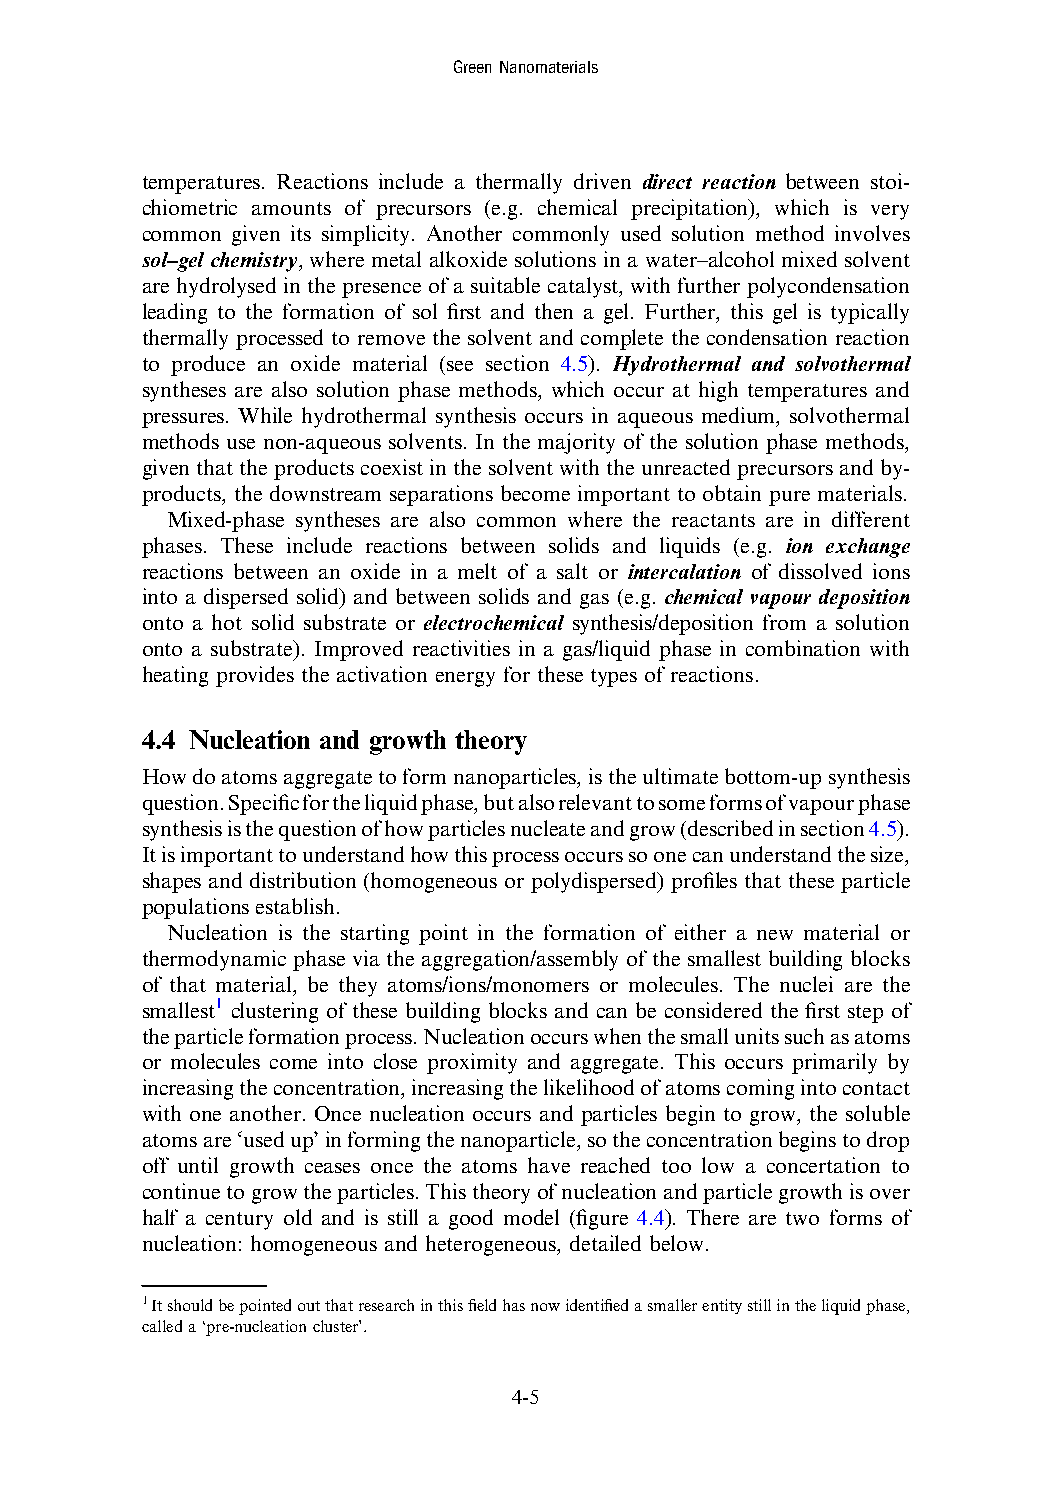
GreenNanomaterials
 temperatures. Reactions include a thermally driven direct reaction between stoi-
 chiometric amounts of precursors (e.g. chemical precipitation), which is very
 common given its simplicity. Another commonly used solution method involves
 sol–gel chemistry, where metal alkoxide solutions in a water–alcohol mixed solvent
 are hydrolysed in the presence of a suitable catalyst, with further polycondensation
 leading to the formation of sol first and then a gel. Further, this gel is typically
 thermally processed to remove the solvent and complete the condensation reaction
 to produce an oxide material (see section 4.5). Hydrothermal and solvothermal
 syntheses are also solution phase methods, which occur at high temperatures and
 pressures. While hydrothermal synthesis occurs in aqueous medium, solvothermal
 methods use non-aqueous solvents. In the majority of the solution phase methods,
 given that the products coexist in the solvent with the unreactedprecursors and by-
 products, the downstream separations become important to obtain pure materials.
 Mixed-phase syntheses are also common where the reactants are in different
 phases. These include reactions between solids and liquids (e.g. ion exchange
 reactions between an oxide in a melt of a salt or intercalation of dissolved ions
 into a dispersed solid) and between solids and gas (e.g. chemical vapour deposition
 onto a hot solid substrate or electrochemical synthesis/deposition from a solution
 onto a substrate). Improved reactivities in a gas/liquid phase in combination with
 heating provides the activation energy for these types of reactions.
 4.4 Nucleation and growth theory
 Howdoatomsaggregatetoformnanoparticles,istheultimatebottom-upsynthesis
 question.Specificfortheliquidphase,butalsorelevanttosomeformsofvapourphase
 synthesisisthequestionofhowparticlesnucleateandgrow(describedinsection4.5).
 Itisimportanttounderstandhowthisprocessoccurssoonecanunderstandthesize,
 shapes and distribution (homogeneous or polydispersed) profiles that these particle
 populationsestablish.
 Nucleation is the starting point in the formation of either a new material or
 thermodynamic phase via the aggregation/assembly of the smallest building blocks
 of that material, be they atoms/ions/monomers or molecules. The nuclei are the
 smallest1 clustering of these building blocks and can be considered the first step of
 theparticleformationprocess.Nucleationoccurswhenthesmallunitssuchasatoms
 or molecules come into close proximity and aggregate. This occurs primarily by
 increasingtheconcentration,increasingthelikelihoodofatomscomingintocontact
 with one another. Once nucleation occurs and particles begin to grow, the soluble
 atomsare‘usedup’informingthenanoparticle,sotheconcentrationbeginstodrop
 off until growth ceases once the atoms have reached too low a concertation to
 continuetogrowtheparticles.Thistheoryofnucleationandparticlegrowthisover
 half a century old and is still a good model (figure 4.4). There are two forms of
 nucleation: homogeneous and heterogeneous, detailed below.
 1Itshouldbepointedoutthatresearchinthisfieldhasnowidentifiedasmallerentitystillintheliquidphase,
 calleda‘pre-nucleationcluster’.
 4-5